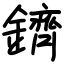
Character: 鑇